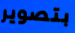
بتصوير